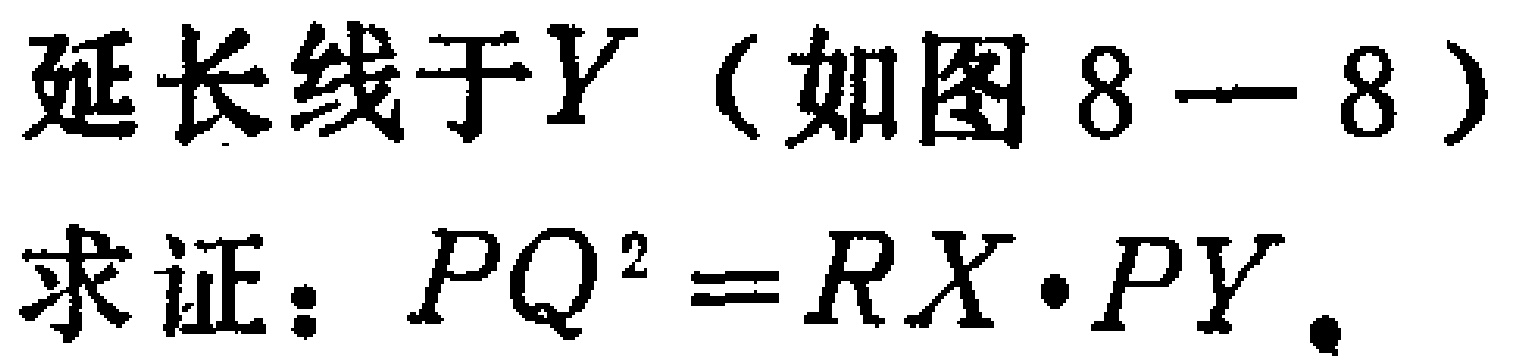
延长线于$Y$（如图 8—8）

求证：$PQ^{2}=RX\cdot PY$.